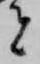
者